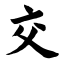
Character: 交